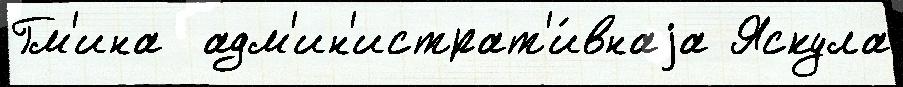
Гм'ина  адм'ин'истрат'и́внаjа Яскула